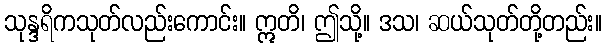
သုန္ဒရိကသုတ်လည်းကောင်း။ ဣတိ၊ ဤသို့။ ဒသ၊ ဆယ်သုတ်တို့တည်း။